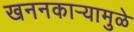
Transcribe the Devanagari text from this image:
खननकाऱ्यामुळे